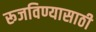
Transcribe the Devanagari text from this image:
रूजविण्यासाठी